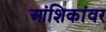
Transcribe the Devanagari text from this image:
आंशिकांवर